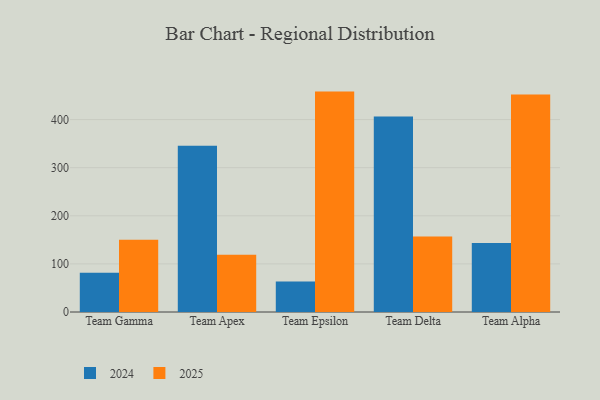
{"axis": {"x": "Team", "y": "Shipments"}, "legend": ["2024", "2025"], "data": [{"x": "Team Gamma", "y": 81.5, "type": "2024"}, {"x": "Team Gamma", "y": 150.0, "type": "2025"}, {"x": "Team Apex", "y": 345.4, "type": "2024"}, {"x": "Team Apex", "y": 118.8, "type": "2025"}, {"x": "Team Epsilon", "y": 63.6, "type": "2024"}, {"x": "Team Epsilon", "y": 458.2, "type": "2025"}, {"x": "Team Delta", "y": 406.6, "type": "2024"}, {"x": "Team Delta", "y": 156.9, "type": "2025"}, {"x": "Team Alpha", "y": 143.2, "type": "2024"}, {"x": "Team Alpha", "y": 452.4, "type": "2025"}]}